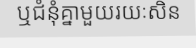
ឬជំនុំគ្នាមួយរយៈសិន